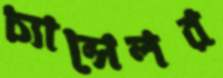
চ্যান্সেলর